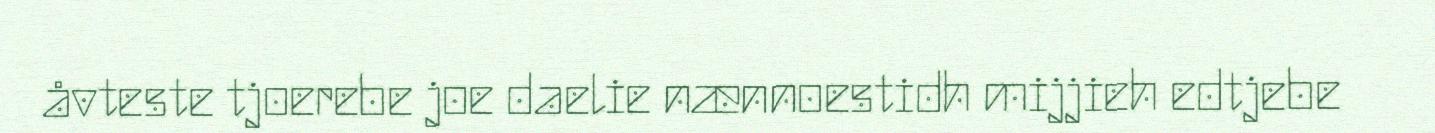
åvteste tjoerebe joe daelie nænnoestidh mijjieh edtjebe